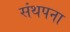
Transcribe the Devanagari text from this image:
संथपना